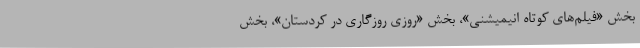
بخش «فیلم‌های کوتاه انیمیشنی»، بخش «روزی روزگاری در کُردستان»، بخش